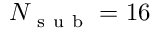
N _ { \mathrm { ~ s ~ u ~ b ~ } } = 1 6